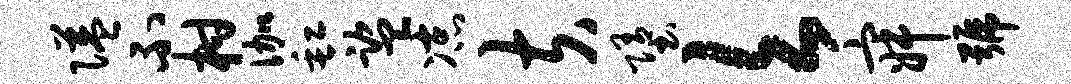
隘不柑伽缸监凉夫堕欠寂号